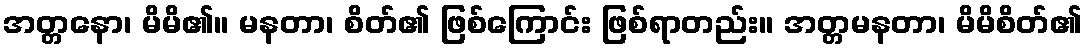
အတ္တနော၊ မိမိ၏။ မနတာ၊ စိတ်၏ ဖြစ်ကြောင်း ဖြစ်ရာတည်း။ အတ္တမနတာ၊ မိမိစိတ်၏